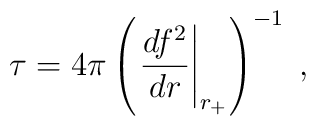
\tau =4\pi \left( \left. \frac{df^{2}}{dr}\right| _{r_{+}}\right) ^{-1}\;,